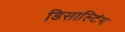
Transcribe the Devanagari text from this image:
डिसाल्टिंग